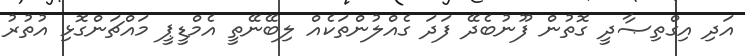
އަދި އިގްތިޞާދީ ގޮތުން ފޫނުބެދޭ ފަދަ ގެއްލުންތަކެއް ލިބޭނޭތީ އެމްޑީޕީ މައްޗަންގޮޅި އުތުރު